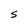
Character: S